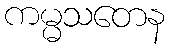
ကမ္မသတေန